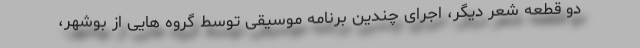
دو قطعه شعر دیگر، اجرای چندین برنامه موسیقی توسط گروه هایی از بوشهر،